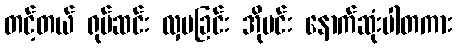
တင့်တယ် ရုပ်ဆင်း လှပခြင်း အိုမင်း နောက်ဆုံးပါတကား